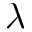
\lambda